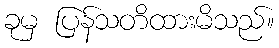
ခုမှ ပြန်သတိထားမိသည်။